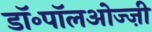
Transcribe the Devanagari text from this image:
डॉ॰पॉलओज्ज़ी